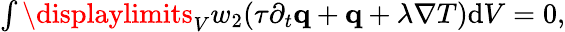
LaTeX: \begin{array}{r}{\int\displaylimits_{V}w_{2}(\tau\partial_{t}\mathbf q+\mathbf q+\lambda\nabla T)\textrm{d}V=0,}\end{array}